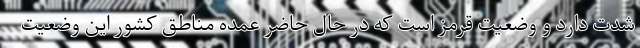
شدت دارد و وضعیت قرمز است که در حال حاضر عمده مناطق کشور این وضعیت